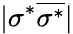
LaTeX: |\sigma^{*}\overline{{\sigma^{*}}}|